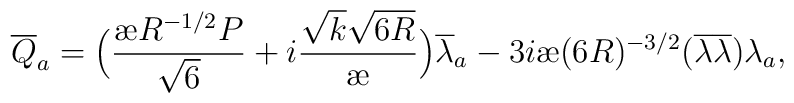
{\overline{Q}}_a = \Big(\frac{{\mbox{\ae}} R^{-1/2} P}{\sqrt {6}} + i \frac{\sqrt{k} \sqrt{6R}}{{\mbox{\ae}}} \Big ) {\overline{\lambda}_a} - 3i{\mbox{\ae}} (6 R)^{-3/2} ({\overline{\lambda}} {\overline{\lambda}})\lambda_a,